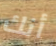
أنك